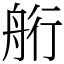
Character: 𦨵